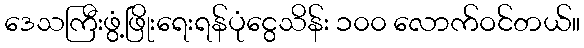
ဒေသကြီးဖွံ့ဖြိုးရေးရန်ပုံငွေသိန်း ၁၀၀ လောက်ဝင်တယ်။